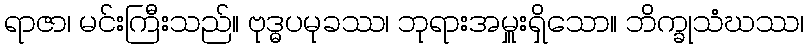
ရာဇာ၊ မင်းကြီးသည်။ ဗုဒ္ဓပမုခဿ၊ ဘုရားအမှူးရှိသော။ ဘိက္ခုသံဃဿ၊